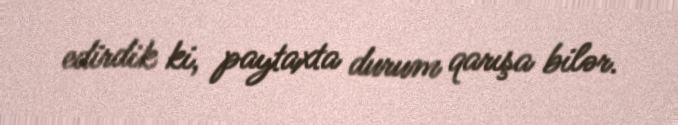
edirdik ki, paytaxta durum qarışa bilər.